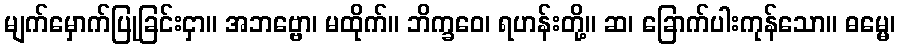
မျက်မှောက်ပြုခြင်းငှာ။ အဘဗ္ဗော၊ မထိုက်။ ဘိက္ခဝေ၊ ရဟန်းတို့။ ဆ၊ ခြောက်ပါးကုန်သော။ ဓမ္မေ၊